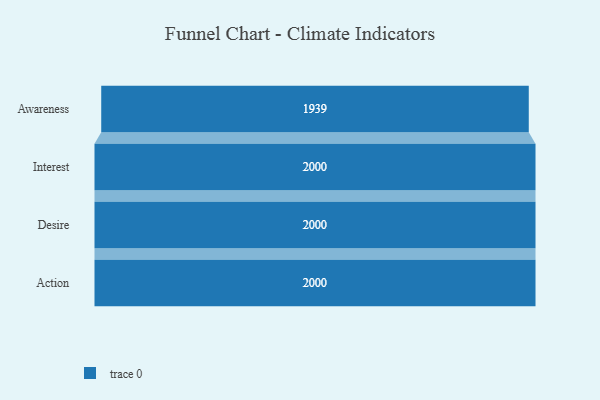
{"axis": {"x": "Stage", "y": "Value"}, "legend": [""], "data": [{"x": "Awareness", "y": 1939.0, "type": ""}, {"x": "Interest", "y": 2000, "type": ""}, {"x": "Desire", "y": 2000, "type": ""}, {"x": "Action", "y": 2000, "type": ""}]}